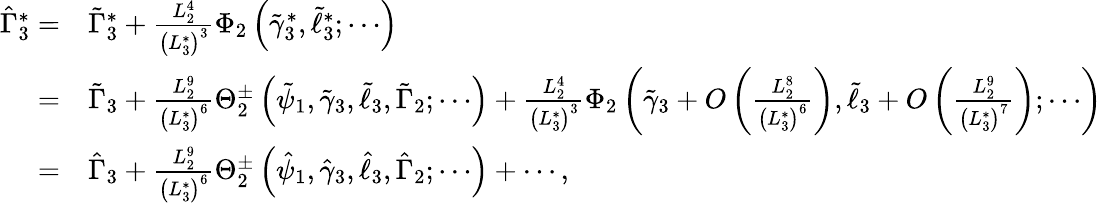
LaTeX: \begin{array}{rl}{\hat{\Gamma}_{3}^{*}=}&{\tilde{\Gamma}_{3}^{*}+\frac{L_{2}^{4}}{\left(L_{3}^{*}\right)^{3}}\Phi_{2}\left(\tilde{\gamma}_{3}^{*},\tilde{\ell}_{3}^{*};\cdots\right)}\\ {=}&{\tilde{\Gamma}_{3}+\frac{L_{2}^{9}}{\left(L_{3}^{*}\right)^{6}}\Theta_{2}^{\pm}\left(\tilde{\psi}_{1},\tilde{\gamma}_{3},\tilde{\ell}_{3},\tilde{\Gamma}_{2};\cdots\right)+\frac{L_{2}^{4}}{\left(L_{3}^{*}\right)^{3}}\Phi_{2}\left(\tilde{\gamma}_{3}+O\left(\frac{L_{2}^{8}}{\left(L_{3}^{*}\right)^{6}}\right),\tilde{\ell}_{3}+O\left(\frac{L_{2}^{9}}{\left(L_{3}^{*}\right)^{7}}\right);\cdots\right)}\\ {=}&{\hat{\Gamma}_{3}+\frac{L_{2}^{9}}{\left(L_{3}^{*}\right)^{6}}\Theta_{2}^{\pm}\left(\hat{\psi}_{1},\hat{\gamma}_{3},\hat{\ell}_{3},\hat{\Gamma}_{2};\cdots\right)+\cdots,}\end{array}